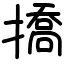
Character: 撟